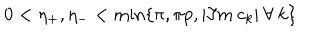
0 < \eta _ { + } , \eta _ { - } < \min \{ \pi , \pi p , | \Im m \: c _ { k } | \: \forall \: k \}